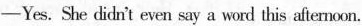
-Yes. She didn't even say a word this afternoon.